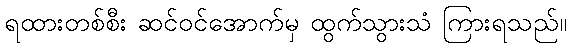
ရထားတစ်စီး ဆင်ဝင်အောက်မှ ထွက်သွားသံ ကြားရသည်။